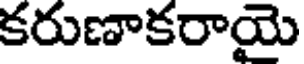
కరుణాకరాయె